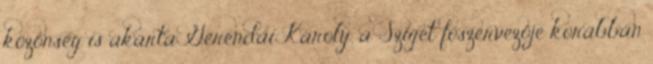
közönség is akarta Gerendai Károly, a Sziget főszervezője korábban